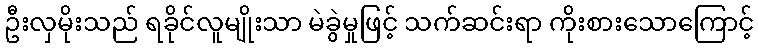
ဦးလှမိုးသည် ရခိုင်လူမျိုးသာ မဲခွဲမှုဖြင့် သက်ဆင်းရာ ကိုးစားသောကြောင့်